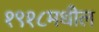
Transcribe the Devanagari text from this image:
१९१८मधील